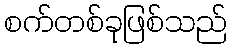
စက်တစ်ခုဖြစ်သည်